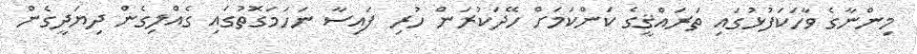
މިންނާގެ ވާހަކަފުޅުގައި ތަރައްޤީގެ ކަންކަމަށް ހޭދަކުރަން ހުރި ފައިސާ ނަހަމަގޮތުގައި ގެއްލިގެން ދިޔަދީގެން